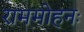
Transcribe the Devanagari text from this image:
राममोहनः